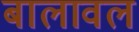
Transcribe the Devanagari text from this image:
बालावल